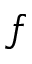
f